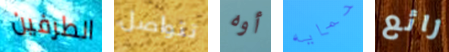
الطرفين تتواصل أوه حمايه رائع